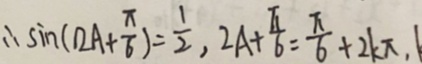
\therefore \sin ( 1 2 A + \frac { \pi } { 6 } ) = \frac { 1 } { 2 } , 2 A + \frac { \pi } { 6 } = \frac { \pi } { 6 } + 2 k \pi , 1